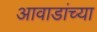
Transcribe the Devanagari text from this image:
आवाडांच्या